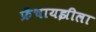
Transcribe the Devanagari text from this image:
फ्रॅंचायझीला